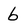
Character: 6